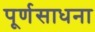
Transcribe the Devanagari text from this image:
पूर्णसाधना